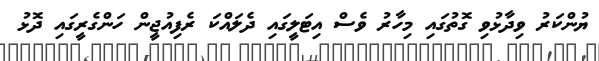
ޔުންކަރު ވިދާޅުވި ގޮތުގައި މިހާރު ވެސް އިޓަލީގައި ދެލައްކަ ރެފިއުޖީން ހަންގެރީގައި ދޮޅު